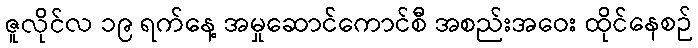
ဇူလိုင်လ ၁၉ ရက်နေ့ အမှုဆောင်ကောင်စီ အစည်းအဝေး ထိုင်နေစဉ်